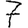
Digit: 7